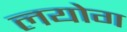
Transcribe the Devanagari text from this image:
लयोग